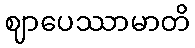
ဈာပေဿာမာတိ